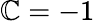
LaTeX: \mathbb{C}=-1